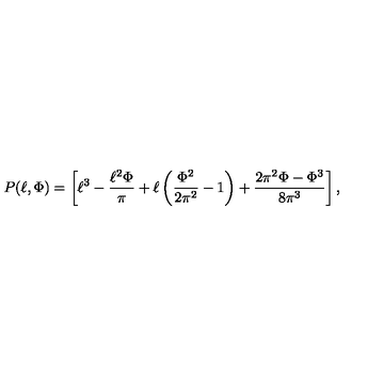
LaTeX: P ( \ell , \Phi ) = \left[ \ell ^ { 3 } - \frac { \ell ^ { 2 } \Phi } { \pi } + \ell \left( \frac { { \Phi } ^ { 2 } } { 2 { \pi } ^ { 2 } } - 1 \right) + \frac { 2 { \pi } ^ { 2 } \Phi - { \Phi } ^ { 3 } } { 8 { \pi } ^ { 3 } } \right] ,